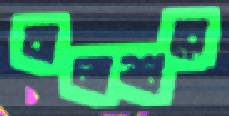
বালাশুরে